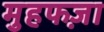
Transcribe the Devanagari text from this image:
मुहफज़ा